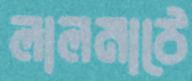
লালমাঠে